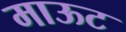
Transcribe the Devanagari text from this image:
माऊट